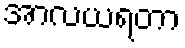
အာလယရတာ